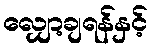
လျှော့ချရန်နှင့်